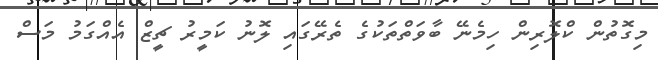
މިގޮތުން ކްލޮރިން ހިމެނޭ ބާވަތްތަކުގެ ތެރޭގައި ލޮނު ކަމީރު ޗީޒް އެއްގަމު މަސް